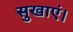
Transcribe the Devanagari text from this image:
सुखाएं।